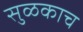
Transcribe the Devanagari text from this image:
सुळकाच